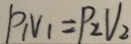
P _ { 1 } V _ { 1 } = P _ { 2 } V _ { 2 }